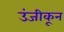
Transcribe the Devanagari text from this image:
उंजीकून